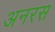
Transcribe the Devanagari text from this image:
अनरस